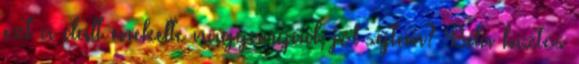
ezt a dalt énekelte nagyanyád, jól sejtem? Béla biztos